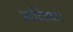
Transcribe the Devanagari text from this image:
आदितवार